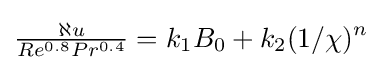
{\tfrac {\aleph u}{Re^{0.8}Pr^{0.4}}}=k_{1}B_{0}+k_{2}(1/\chi )^{n}